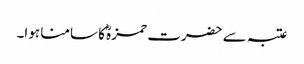
عتبہ سے حضرت حمزہؓ کا سامنا ہوا۔